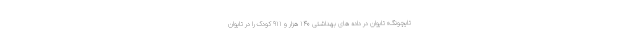
تایچونگ» تایوان در داده های بهداشتی ۱۴۰ هزار و ۹۱۱ کودک را در تایوان